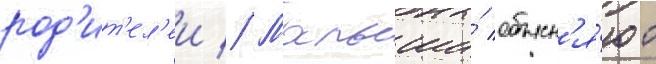
род'ит'ел'еи // Малыши́ объясн'я́ют